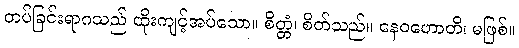
တပ်ခြင်းရာဂသည် ထိုးကျင့်အပ်သော။ စိတ္တံ၊ စိတ်သည်။ နေဝဟောတိ၊ မဖြစ်။